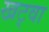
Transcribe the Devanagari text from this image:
खट्वा